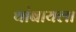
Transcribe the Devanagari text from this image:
थांबायला